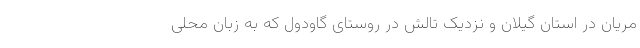
مریان در استان گیلان و نزدیک تالش در روستای گاودول که به زبان محلی